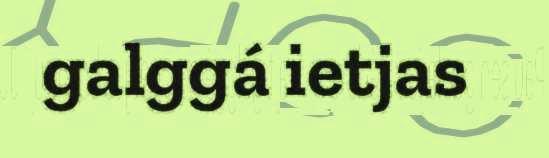
galggá ietjas